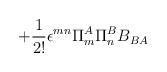
LaTeX: \begin{align*} +\frac{1}{2!} \epsilon^{mn} \Pi^A_m \Pi^B_n B_{BA} \,\end{align*}